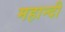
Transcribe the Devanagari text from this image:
महान्दी